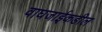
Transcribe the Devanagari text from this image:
वाघजाईकडील